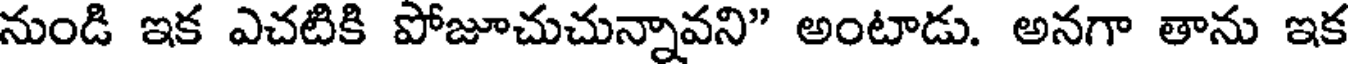
నుండి ఇక ఎచటికి పోజూచుచున్నావని" అంటాడు. అనగా తాను ఇక